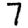
Digit: 7